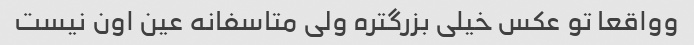
وواقعا تو عکس خیلی بزرگتره ولی متاسفانه عین اون نیست